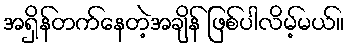
အရှိန်တက်နေတဲ့အချိန် ဖြစ်ပါလိမ့်မယ်။